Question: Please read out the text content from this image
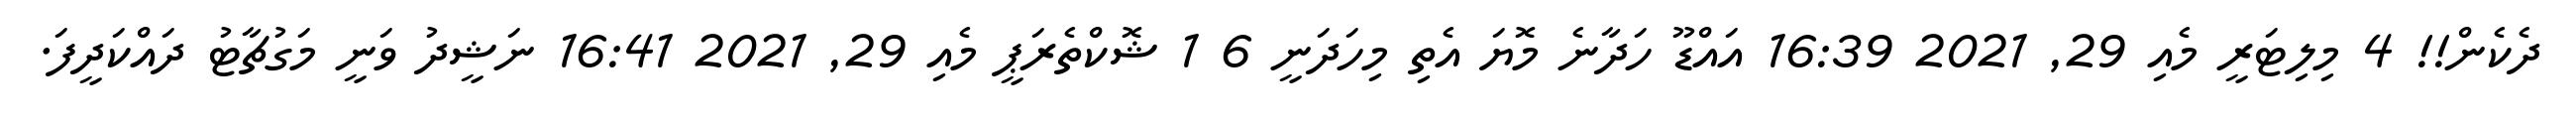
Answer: ދެކެން!! 4 މިލިޓަރީ މެއި 29, 2021 16:39 އައްޑޫ ހަދާނެ މޮޔަ އެތި މިހަދަނީ 6 1 ޝޮކްތެރަޕީ މެއި 29, 2021 16:41 ނަޝީދު ވަނީ މަގުޗާޓު ދައްކަދީފަ.